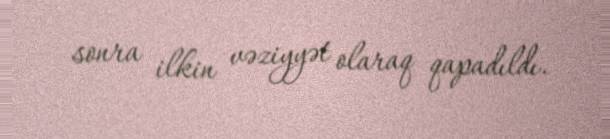
sonra ilkin vəziyyət olaraq qapadıldı.